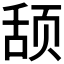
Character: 𬱠